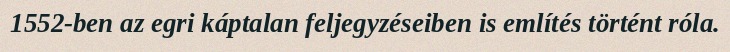
1552-ben az egri káptalan feljegyzéseiben is említés történt róla.